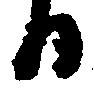
日